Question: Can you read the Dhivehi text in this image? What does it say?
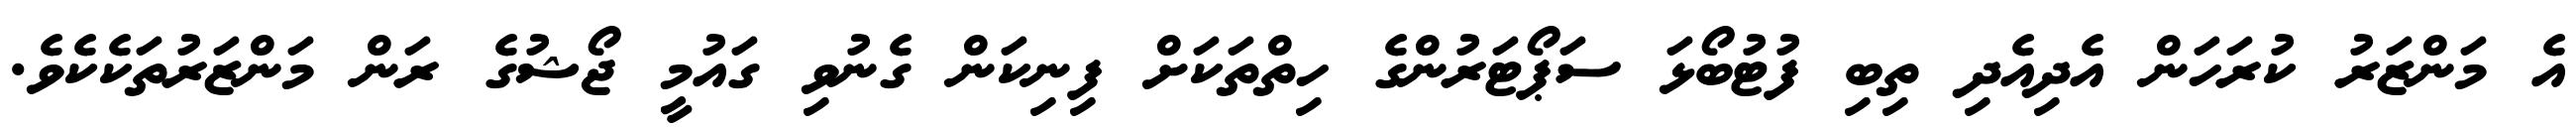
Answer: އެ މަންޒަރު ކުރަހަން އެދިއެދި ތިބި ފުޓުބޯޅަ ސަޕޯޓަރުންގެ ހިތްތަކަށް ފިނިކަން ގެނުވި ގައުމީ ޖޯޝުގެ ރަން މަންޒަރުތަކެކެވެ.